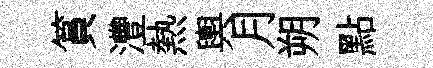
篔灃熱輿月朔點